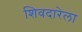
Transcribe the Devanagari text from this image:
शिवदारेला